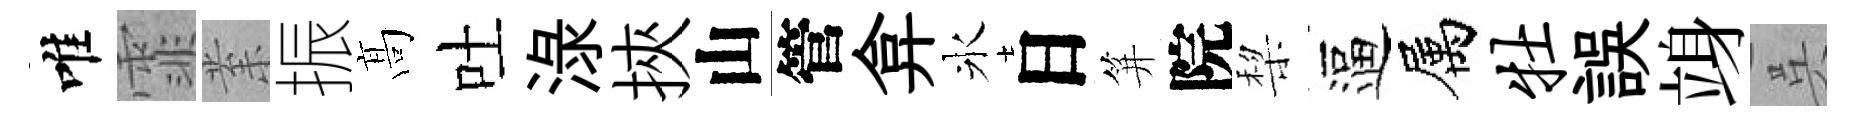
唯霏𭪙振髙吐渌挾山管弇氷日笄院棃逼属牡誤竧呉